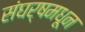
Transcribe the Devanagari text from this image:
संघर्षमधून